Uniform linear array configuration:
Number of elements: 48
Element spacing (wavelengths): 0.25
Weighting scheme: exponential
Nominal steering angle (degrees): -60
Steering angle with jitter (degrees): -58.875
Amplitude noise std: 0.05
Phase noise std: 0.05

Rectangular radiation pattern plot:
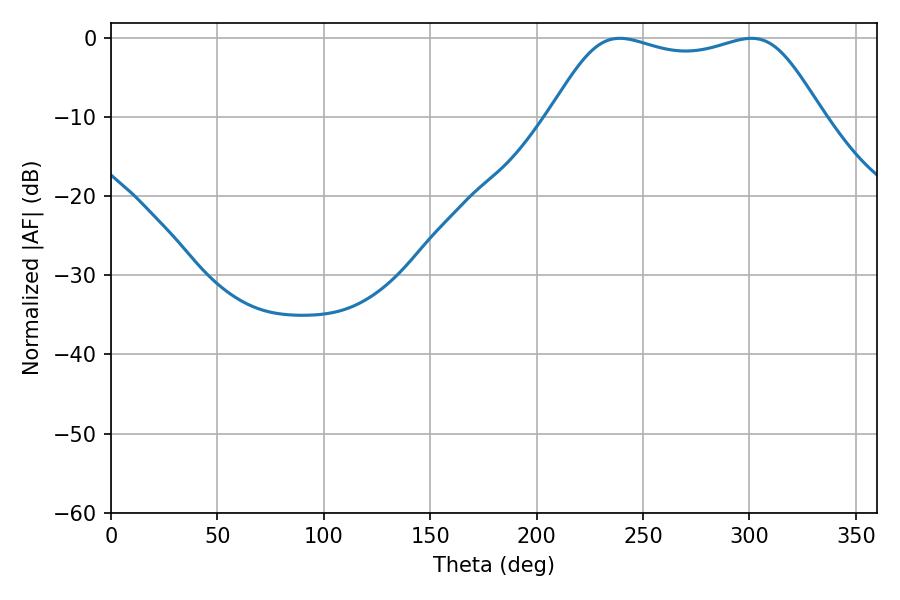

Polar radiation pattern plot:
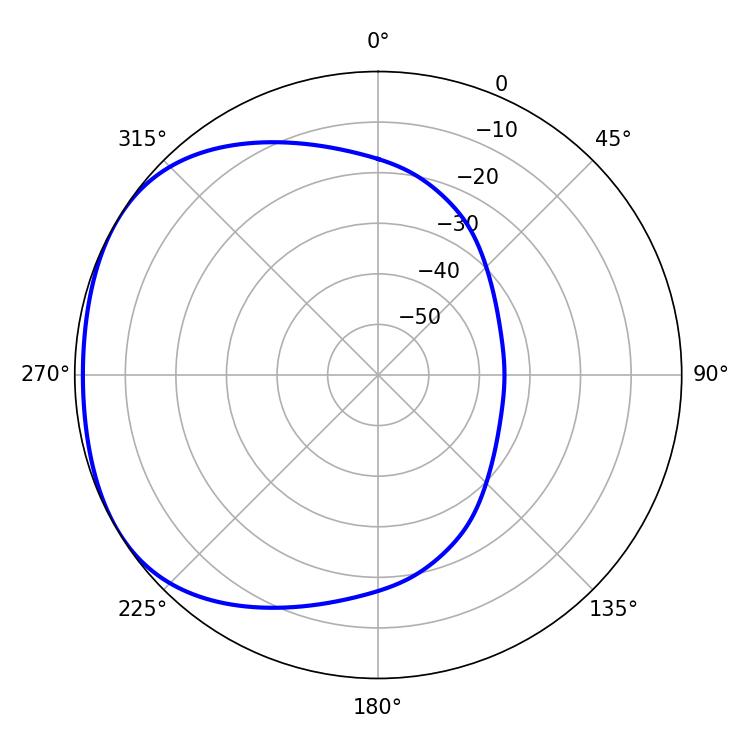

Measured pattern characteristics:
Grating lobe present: FALSE
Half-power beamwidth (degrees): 97.92
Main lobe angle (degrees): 239.04